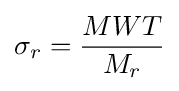
\sigma _{r}={\frac {MWT}{M_{r}}}